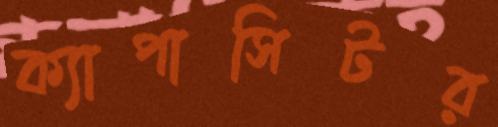
ক্যাপাসিটর